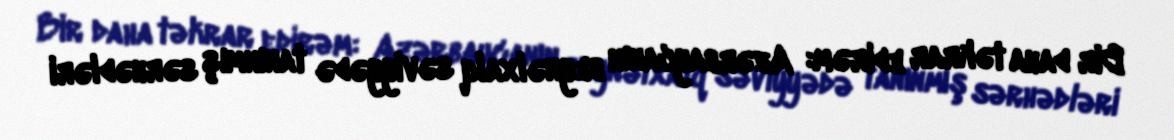
Bir daha təkrar edirəm: Azərbaycanın beynəlxalq səviyyədə tanınmış sərhədləri